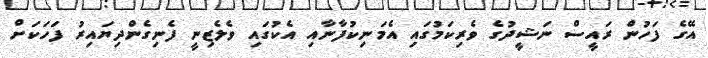
އޭގެ ފަހުން ރައީސް ނަޝީދުގެ ވެރިކަމުގައި އެމަނިކުފާނާއި އެކުގައި ވެލެޒިނީ ފެނިގެންދިޔައިރު ފަހަކަށް